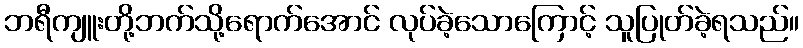
ဘရီကျူးတို့ဘက်သို့ရောက်အောင် လုပ်ခဲ့သောကြောင့် သူပြုတ်ခဲ့ရသည်။